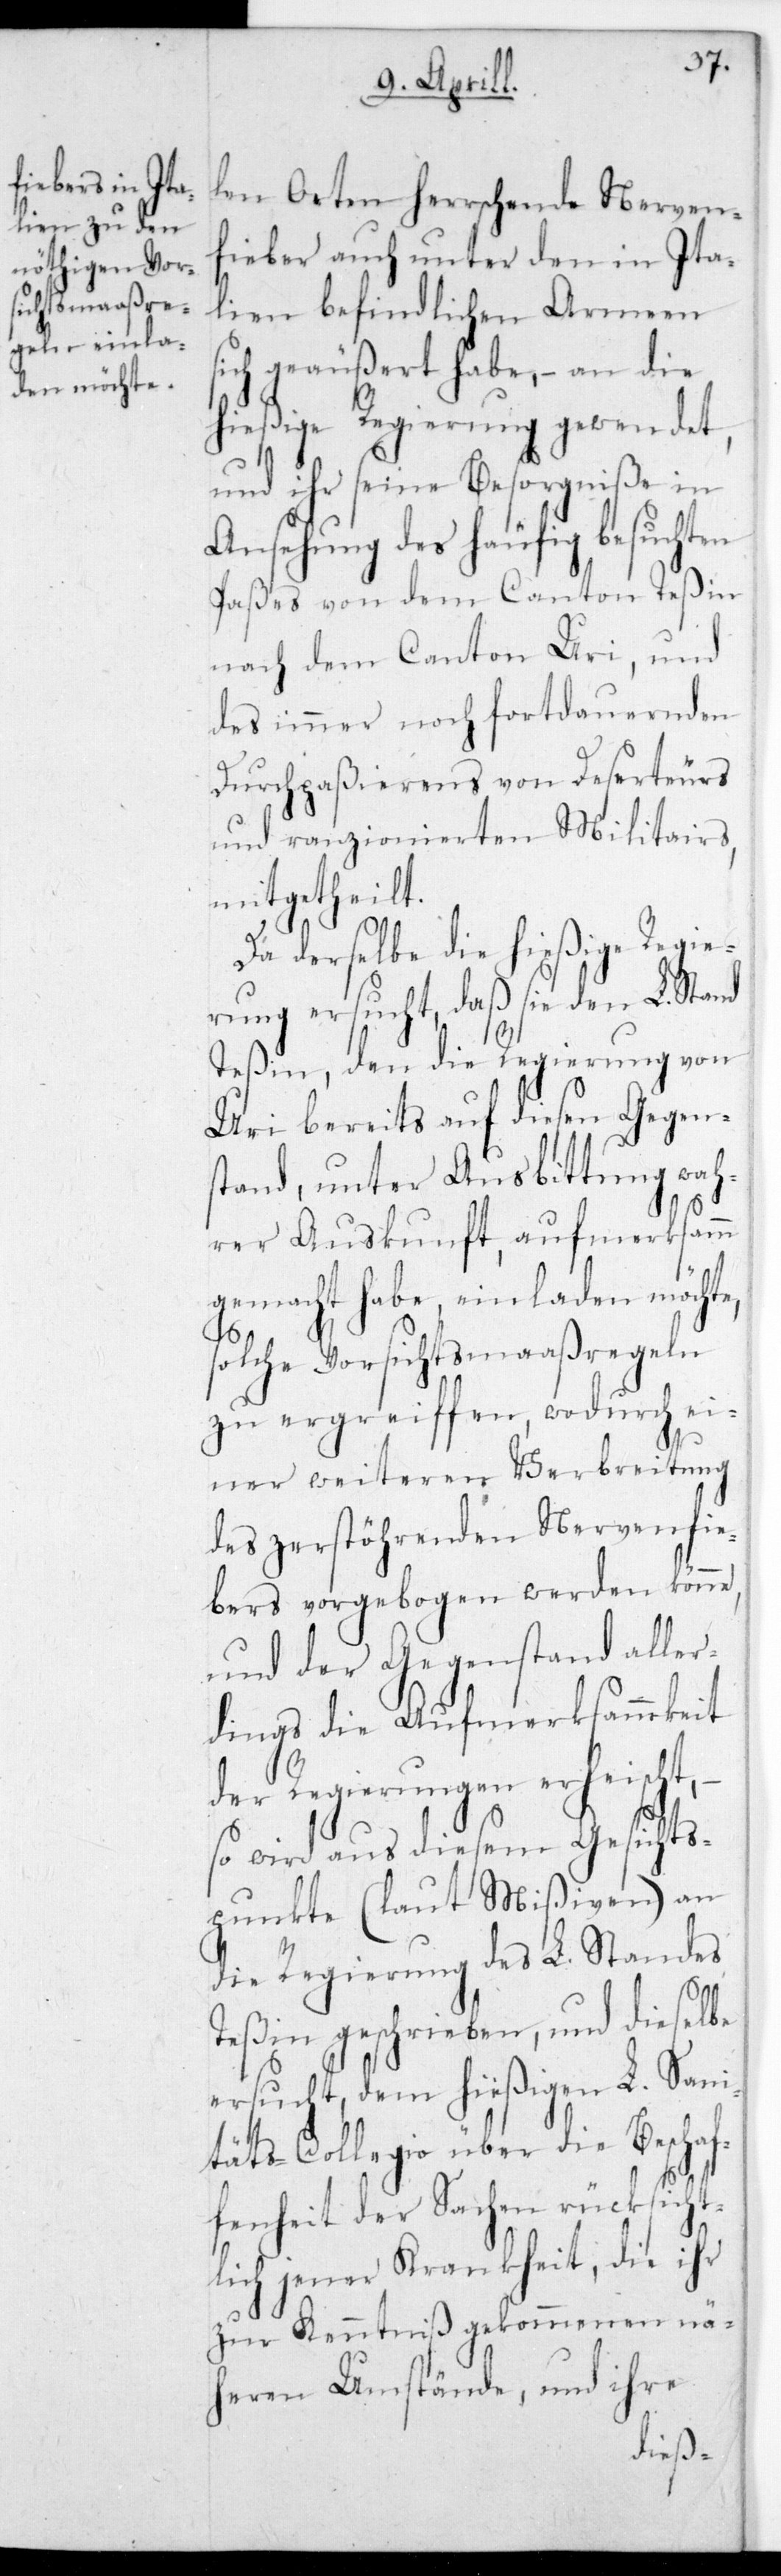
len Orten herrschende Nerven¬
fieber auch unter den in Ita¬
lien befindlichen Armeen
sich geäußeret habe, – an die
hießige Regierung gewendet,
und ihr seine Besorgniße in
Ansehung des häufig besuchten
Paßes von dem Canton Teßin
nach dem Canton Uri, und
des immer noch fortdauernden
Durchpaßierens von Deserteurs
und ranzionierten Militairs,
mitgetheilt.
Da derselbe die hießige Regie¬
rung ersucht, daß sie den L. Stand
Teßin, den die Regierung von
Uri bereits auf diesen Gegen¬
stand, unter Ausbittung wah¬
rer Auskunft, aufmerksamm
gemacht habe, einladen möchte,
solche Vorsichtsmaaßregeln
zu ergreiffen, wodurch ei¬
ner weiteren Verbreitung
des zerstörenden Nervenfie¬
bers vorgebogen werden könne,
und der Gegenstand alle¬
rdings die Aufmerksammkeit
der Regierungen erheischt,
so wird aus diesem Gesichts¬
punkte (laut Mißiven) an
die Regierung des L. Standes
Teßin geschrieben, und dieselbe
ersucht, dem hießigen L. Sani¬
täts-Collegio über die Beschaf¬
fenheit der Sachen rücksicht¬
lich jener Krankheit, die ihr
zu Kenntniß gekommen nä¬
heren Umstände, und ihre